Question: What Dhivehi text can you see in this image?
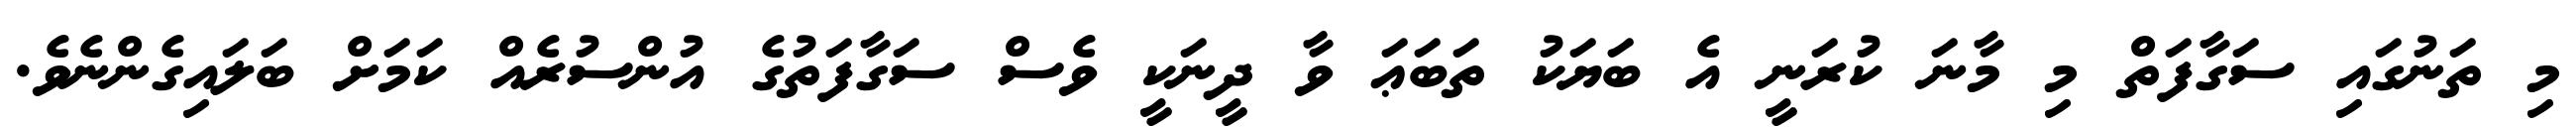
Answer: މި ތަނުގައި ސަގާފަތް މި މާނަ ކުރަނީ އެ ބަޔަކު ތަބަޢަ ވާ ދީނަކީ ވެސް ސަގާފަތުގެ އުންސުރެއް ކަމަށް ބަލައިގެންނެވެ.